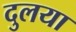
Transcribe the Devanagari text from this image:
दुलया